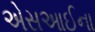
એસઆઈના